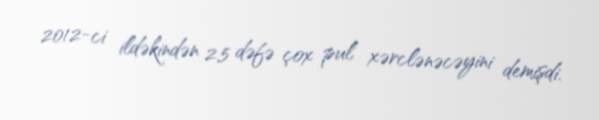
2012-ci ildəkindən 2,5 dəfə çox pul xərclənəcəyini demişdi.